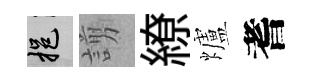
挹謭繚爐耆